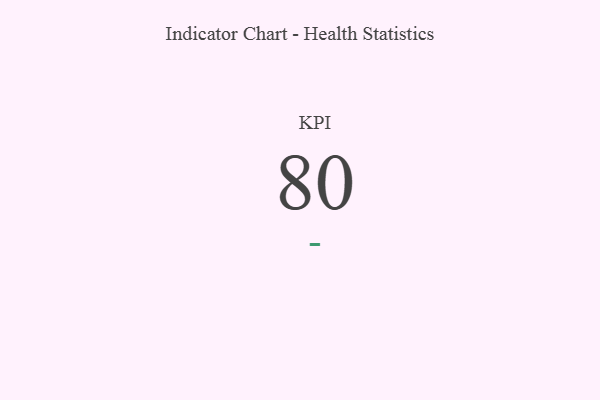
{"axis": {"x": "KPI", "y": "Value"}, "legend": [""], "data": [{"x": "KPI", "y": 80, "type": ""}]}